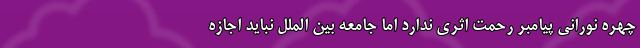
چهره نورانی پیامبر رحمت اثری ندارد اما جامعه بین الملل نباید اجازه